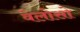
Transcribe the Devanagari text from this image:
वेलोसो